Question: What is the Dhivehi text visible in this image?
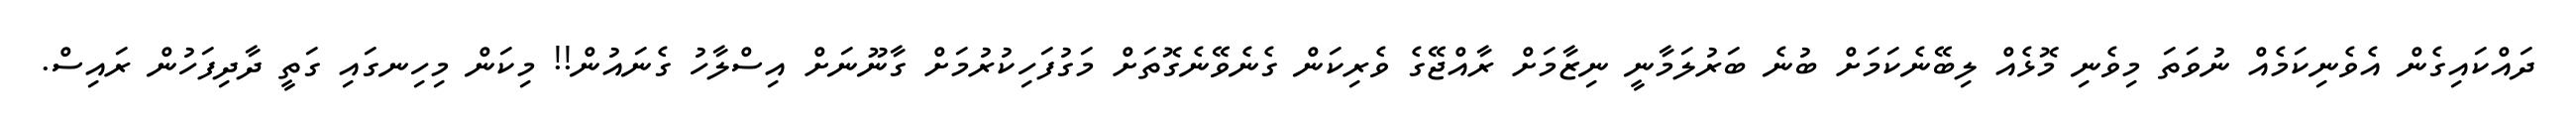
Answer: ދައްކައިގެން އެވެނިކަމެއް ނުވަތަ މިވެނި މޮޅެއް ލިބޭނެކަމަށް ބުނެ ބަރުލަމާނީ ނިޒާމަށް ރާއްޖޭގެ ވެރިކަން ގެނެވޭނެގޮތަށް މަގުފަހިކުރުމަށް ގާނޫނަށް އިސްލާހު ގެނައުން!! މިކަން މިހިނގައި ގަތީ ދާދިފަހުން ރައިސް.